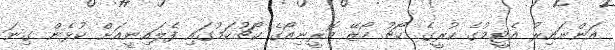
އަންނައިރު އެޓީމުގެ ކުރީގެ ކޯޗު ހޯޒޭ މޮރީނިއޯގެ ކޯޗުކަމުގައި ފެލައިނީއަށް ކުޅެން ގިނަ